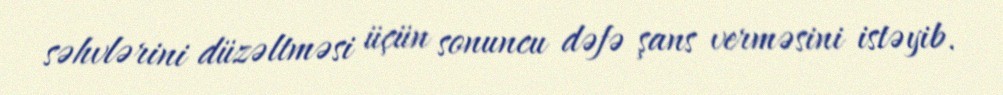
səhvlərini düzəltməsi üçün sonuncu dəfə şans verməsini istəyib.